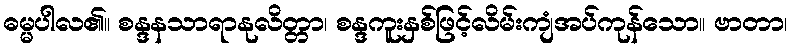
ဓမ္မပါလ၏။ စန္ဒနသာရာနုလိတ္တာ၊ စန္ဒကူးနှစ်ဖြင့်လိမ်းကျံအပ်ကုန်သော။ ဗာတာ၊